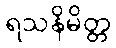
ရသနိမိတ္တ